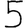
Digit: 5